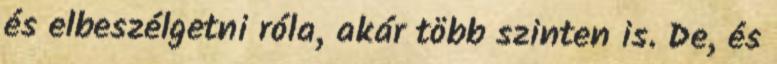
és elbeszélgetni róla, akár több szinten is. De, és